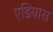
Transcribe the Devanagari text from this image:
एडियास